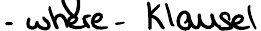
- where-Klausel